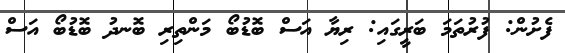
ފެށުން: ފުރުތަމަ ބަރީގައި: ރިޔާ އަސް ބޮޑުބޯ މަންތިރި ބޮނދު ބޮޑުބޯ އަސް